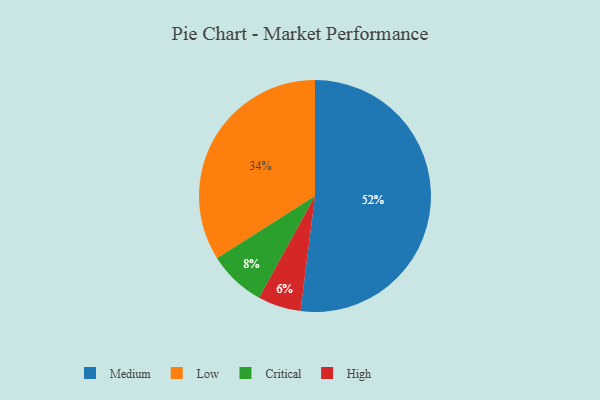
{"axis": {"x": "Category", "y": "Percentage"}, "legend": ["Critical", "High", "Low", "Medium"], "data": [{"x": "Medium", "y": 52, "type": "Medium"}, {"x": "Critical", "y": 8, "type": "Critical"}, {"x": "High", "y": 6, "type": "High"}, {"x": "Low", "y": 34, "type": "Low"}]}